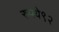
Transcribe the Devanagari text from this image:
रुपये९२